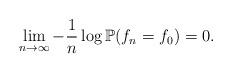
LaTeX: \begin{align*}\lim_{n\to \infty}-\frac 1n \log \mathbb P(f_n=f_0)=0.\end{align*}